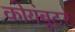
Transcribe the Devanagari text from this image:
कोयंबूटर